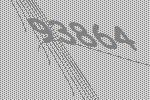
93864